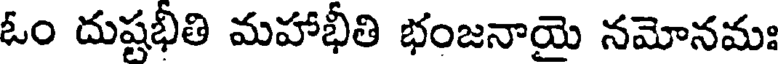
ఓం దుష్టభీతి మహాభీతి భంజనాయై నమోనమః